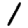
Digit: 1